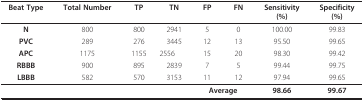
| Beat Type | Total Number | TP | TN | FP | FN | Sensitivity(%) | Specificity(%) |
 | --- | --- | --- | --- | --- | --- | --- | --- |
 | N | 800 | 800 | 2941 | 5 | 0 | 100.00 | 99.83 |
 | PVC | 289 | 276 | 3445 | 12 | 13 | 95.50 | 99.65 |
 | APC | 1175 | 1155 | 2556 | 15 | 20 | 98.30 | 99.42 |
 | RBBB | 900 | 895 | 2839 | 7 | 5 | 99.44 | 99.75 |
 | LBBB | 582 | 570 | 3153 | 11 | 12 | 97.94 | 99.65 |
 |  |  |  |  | <COLSPAN=2> Average | 98.66 | 99.67 |